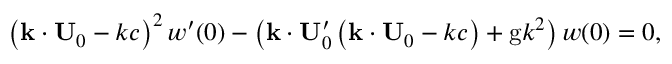
\left( \mathbf { k \cdot U } _ { 0 } - k c \right) ^ { 2 } w ^ { \prime } ( 0 ) - \left( \mathbf { k \cdot U } _ { 0 } ^ { \prime } \left( \mathbf { k \cdot U } _ { 0 } - k c \right) + \mathrm { g } k ^ { 2 } \right) w ( 0 ) = 0 ,